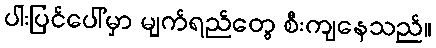
ပါးပြင်ပေါ်မှာ မျက်ရည်တွေ စီးကျနေသည်။